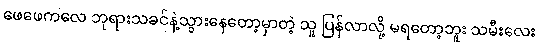
ဖေဖေကလေ ဘုရားသခင်နဲ့သွားနေတော့မှာတဲ့ သူ ပြန်လာလို့ မရတော့ဘူး သမီးလေး